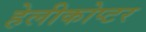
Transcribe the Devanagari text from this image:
हेलीकोप्टर